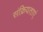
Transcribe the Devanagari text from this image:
संक्रियताएं